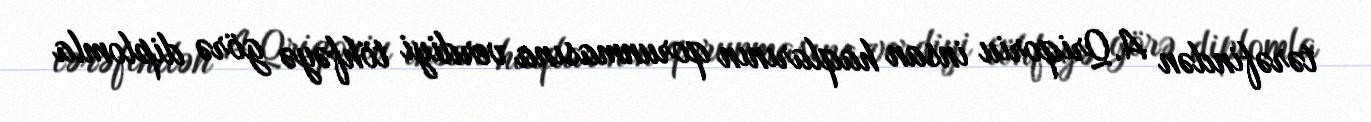
tərəfindən A.Qriqoriu insan haqlarının qorunmasına verdiyi töhfəyə görə diplomla